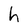
Character: h